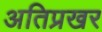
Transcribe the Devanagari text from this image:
अतिप्रखर